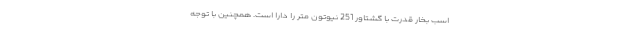
اسب بخار قدرت با گشتاور 251 نیوتون متر را دارا است. همچنین با توجه